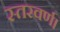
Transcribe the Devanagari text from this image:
स्तरवर्ण।